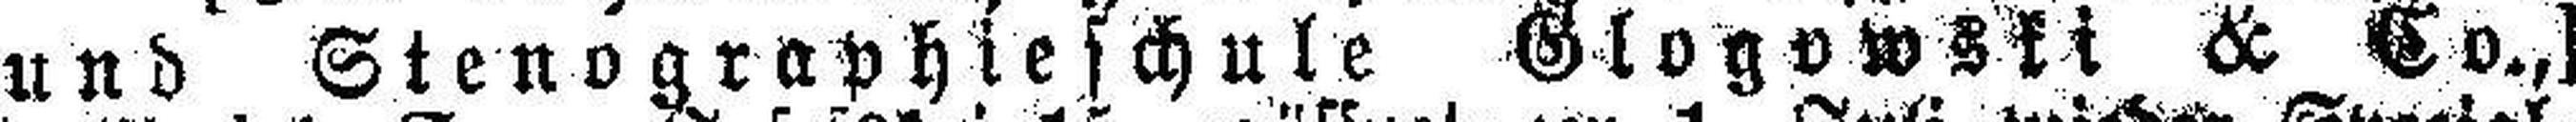
und Stenographieschule Glogowski & Co.,]